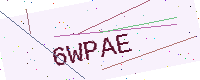
Text: 6WPAE